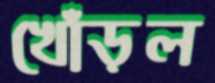
খোঁড়ল